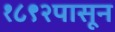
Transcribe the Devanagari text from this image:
१८९२पासून